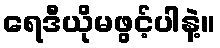
ရေဒီယိုမဖွင့်ပါနဲ့။